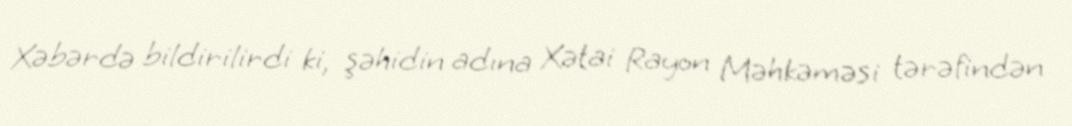
Xəbərdə bildirilirdi ki, şəhidin adına Xətai Rayon Məhkəməsi tərəfindən